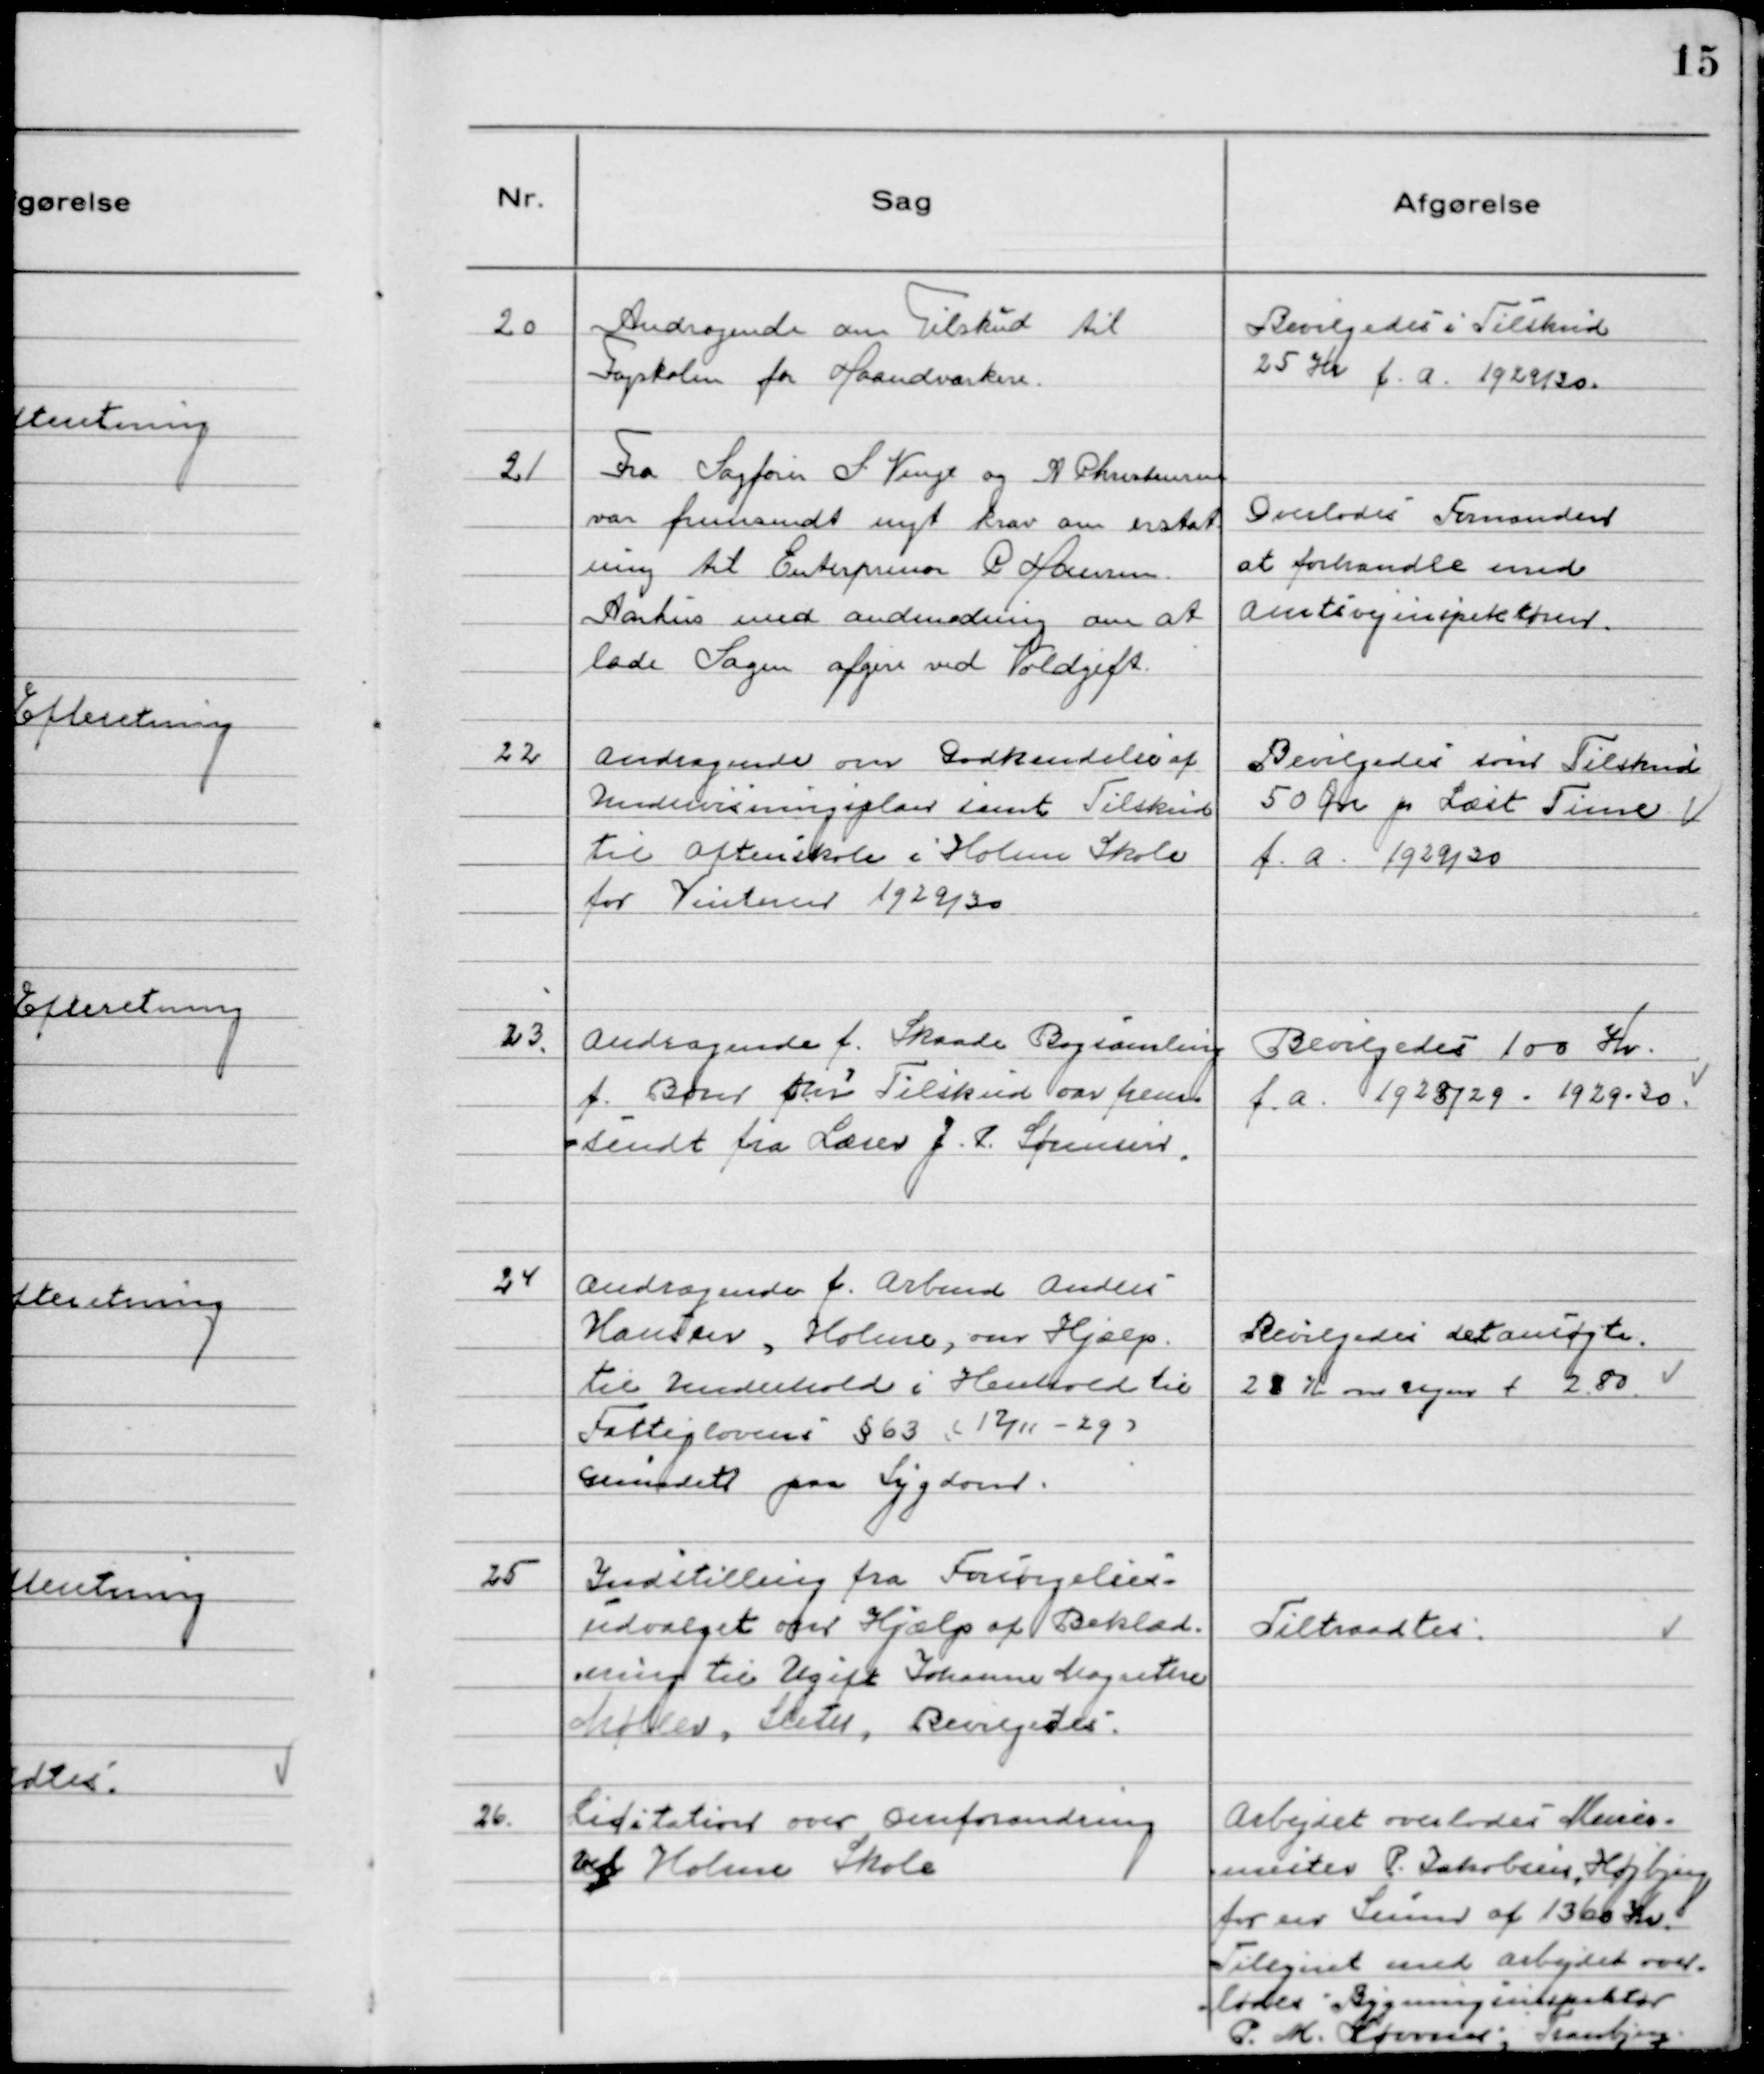
Transskription:
20 Andragende om Tilskud til
Fagskolen for Haandværkere.

Bevilgedes i Tilskud
25 Kr f.a. 1929/3o.

21 Fra Sagfører S Venge og A Christensen
var fremsendt nyt krav om erstat-
ning til Enterprenor C Hansen
Aarhus med andmodning om at
lade Sagen afgøre ved Voldgift.

Overlodes Formanden
at forhandle med
Amtsvejinspektøren.

22 Andragende om Godkendelse af
Undervisningsplan samt Tilskud
til Aftenskole i Holme Skole
for Vinteren 1929/30

Bevilgedes som Tilskud
50 Øre pr Læst Time
f.a. 1929/30

Andragende f. Skaade Bogsamling
f. Børn om Tilskud var frem
-sendt fra Lærer J. T. Sørensen.

Bevilgedes 100 Kr.
f.a. 1928/29 - 1929-30.

24 Andragende f. Arbmd Anders
Hansen, Holme, om Hjælp.
til Underhold i Henhold til
Fattiglovens §63 (12/11-29)
Grundet paa Sygdom.

Bevilgedes den ansøgte.
28 Kr om Ugen f 2.80.

25 Indstilling fra Forsørgelses-
udvalget om Hjælp af Beklæd-
ning til Ugift Johanne Magrethe
Møller, Sleth, Bevilgedes.

Tiltraadtes.

26. Lisitation over Omforandring
ved Holme Skole

Arbejdet overlodes Murer-
mester P. Jakobsen, Højbjerg
for en Sum af 1360 Kr.
Tilsynet med Arbejdet over-
lodes Bygningsinspektør
P. M. Sørensen, Tranbjerg.